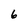
Character: 6